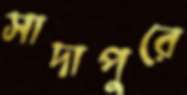
সাদাপুরে